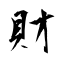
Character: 財